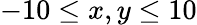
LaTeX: -10\leq x,y\leq 10